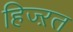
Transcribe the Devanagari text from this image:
हिज्ऱत